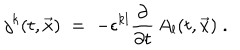
LaTeX: j ^ { k } ( t , { \vec { x } } ) \; = \; - \epsilon ^ { k l } \frac { \partial } { \partial t } \, A _ { l } ( t , { \vec { x } } ) \; .